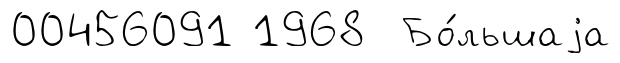
00456091 1968 Бо́льшаjа